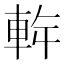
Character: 𲄵